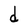
Character: d